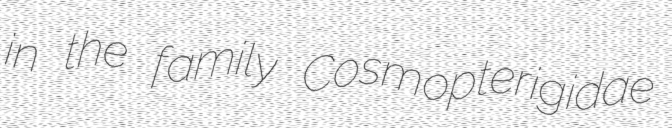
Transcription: in the family Cosmopterigidae